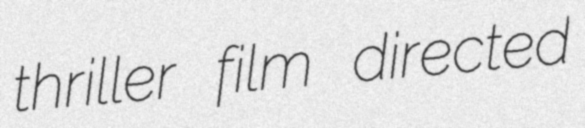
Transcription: thriller film directed